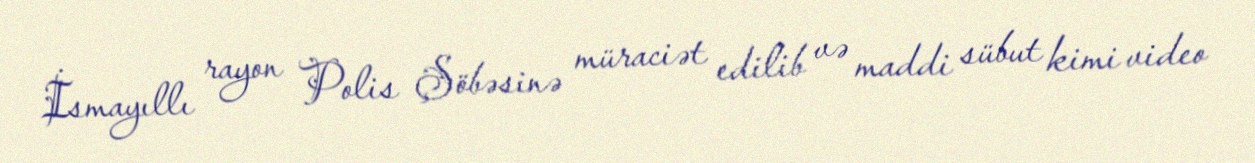
İsmayıllı rayon Polis Şöbəsinə müraciət edilib və maddi sübut kimi video